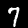
Digit: 7